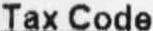
TAX CODE